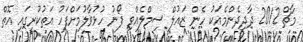
މާޗް 2012 ދާދިދެންމެއަކު ހެން ޒައުލް ސިމްލެއްވި ފޯނު ހުޅުވާލުމަށްފަހު އަތުކުރީގައި އޮތް